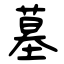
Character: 墓